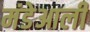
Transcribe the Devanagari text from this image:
मंडेआली